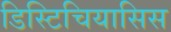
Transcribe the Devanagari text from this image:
डिस्टिचियासिस